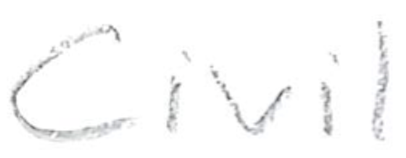
Text: Civil
Cross-out: clean
Writing tool: pencil